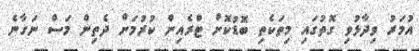
އުމަރު ވިދާޅުވި ގޮތުގައި މިތަކެތި ބޮޑުކޮށް ޓްރެއިން ކުރުމަށް ދެތިން މަސް ނަގާނެ